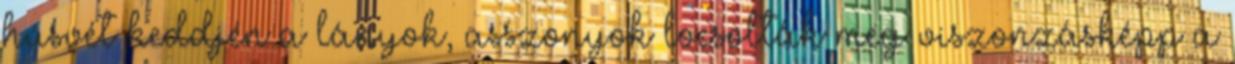
húsvét keddjén a lányok, asszonyok locsolták meg viszonzásképp a